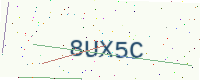
Text: 8UX5C